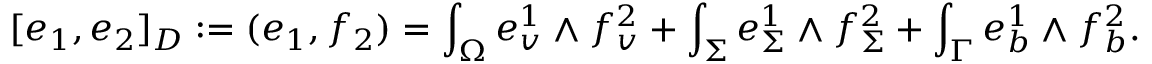
[ e _ { 1 } , e _ { 2 } ] _ { D } : = ( e _ { 1 } , f _ { 2 } ) = \int _ { \Omega } e _ { v } ^ { 1 } \wedge f _ { v } ^ { 2 } + \int _ { \Sigma } e _ { \Sigma } ^ { 1 } \wedge f _ { \Sigma } ^ { 2 } + \int _ { \Gamma } e _ { b } ^ { 1 } \wedge f _ { b } ^ { 2 } .